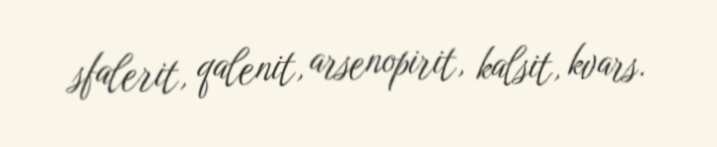
sfalerit, qalenit, arsenopirit, kalsit, kvars.